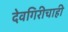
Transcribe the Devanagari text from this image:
देवगिरीचाही